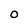
Character: O